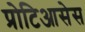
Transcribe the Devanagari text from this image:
प्रोटिआसेस